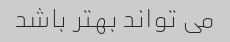
می تواند بهتر باشد